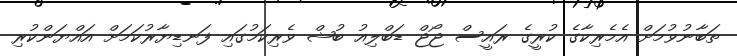
ތަބާނުވުމަށް އެމެރިކާގެ ކުރީގެ ރައީސް ޖޯޖް ޑަބްލިއު ބުޝް ވެރިކަމުގައި ފަނޑިޔާރުކަމަށް އައްޔަންކުރި